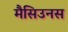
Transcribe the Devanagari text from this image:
मैसिउनस